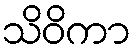
သိဝိကာ